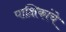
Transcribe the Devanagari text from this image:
पाक्षिकांचे